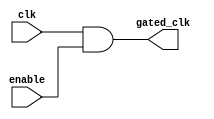
module clock_gating_cell (
    input wire clk,              // Main clock input
    input wire enable,           // Enable signal
    output wire gated_clk        // Gated clock output
);

    // Using an AND gate to create the gated clock
    assign gated_clk = clk & enable;

endmodule